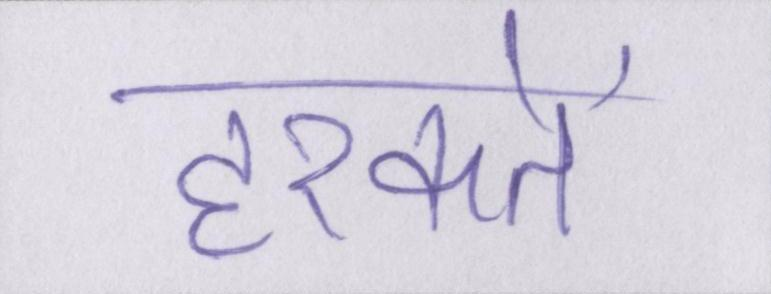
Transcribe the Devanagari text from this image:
हरकतें